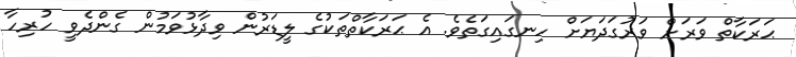
ޙަރަކާތް ވަރަށް ވަރުގަދަޔަށް ހިނގައިގަތެވެ. އެ ޙަރަކާތްތަކުގެ ލީޑަރުން ވިދާޅުވަމުން ގެންދެވީ ހުރިހާ